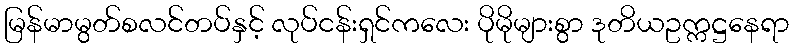
မြန်မာမွတ်စလင်တပ်နှင့် လုပ်ငန်းရှင်ကလေး ပိုမိုများစွာ ဒုတိယဥက္ကဋ္ဌနေရာ